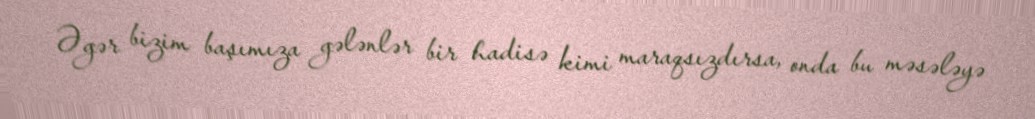
Əgər bizim başımıza gələnlər bir hadisə kimi maraqsızdırsa, onda bu məsələyə